Vaccination in Burma 1920-1933 - 1920-1933
Year: 1920
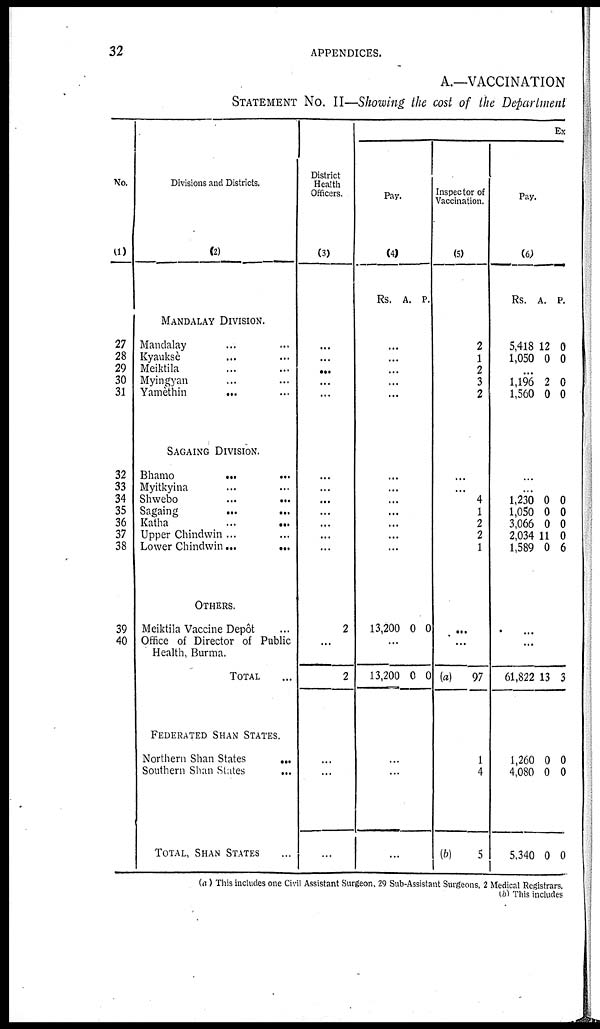
32
APPENDICES.
A.—VACCINATION
STATEMENT NO. II—Showing the cost of the Department
No.
(1)
27
28
29
30
31
32
33
34
35
36
37
38
39
40
Divisions and Districts.
(2)
MANDALAY DIVISION.
Mandalay ... ...
Kyauksè ... ...
Meiktila ... ...
Myingyan ... ...
Yamèthin ... ...
SAGAING DIVISION.
Bhamo
...
...
Myitkyina ... ...
Shwebo
...
...
Sagaing
...
...
Katha
...
...
Upper Chindwin ... ...
Lower Chindwin...
...
OTHERS.
Meiktila Vaccine Depôt ...
Office of Director of Public
Health, Burma.
TOTAL ...
FEDERATED SHAN STATES.
Northern Shan States
...
Southern Shan Slates
...
TOTAL, SHAN STATES ...
District
Health
Officers.
(3)
...
...
...
...
...
...
...
...
...
...
...
...
2
...
2
...
...
...
Ex
Pay.
(4)
Rs. A. P.
...
...
...
...
...
...
...
...
...
...
...
...
13,200 0 0
...
13,200 0 0
...
...
...
Inspector of
Vaccination.
(5)
2
1
2
3
2
...
...
4
1
2
2
1
...
...
(a)
97
1
4
(b)
5
Pay.
(6)
Rs. A. P.
5,418
1,050
12
0
0
0
...
1,196
1,560
2
0
0
0
...
...
1,230
1,050
3,066
2,034
1,589
0
0
0
11
0
0
0
0
0
6
...
...
61,822
1,260
4,080
5,340
13
0
0
0
3
0
0
0
(a) This includes one Civil Assistant Surgeon, 29 Sub-Assistant Surgeons, 2 Medical Registrars.
(b) This includes